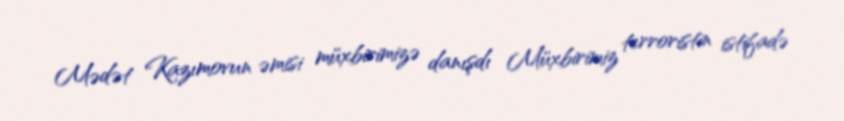
Mədət Kazımovun əmisi müxbirimizə danışdı Müxbirimiz terroristin istifadə